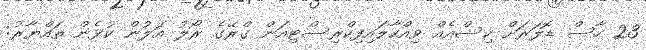
23 ހާސް ޑޮލަރަށް ކިސްއެއް ވިއްކާލައިފިކްރިސްޓިއަން ގްރޭގެ ރޯލު އަލުން ކުޅެން ތައްޔާރު: